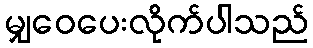
မျှဝေပေးလိုက်ပါသည်